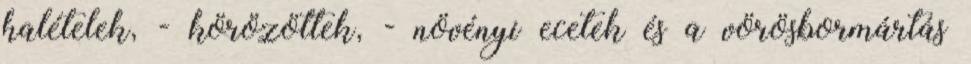
halételek, - körözöttek, - növényi ecetek és a vörösbormártás